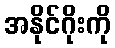
အနိုင်ဂိုးကို